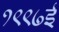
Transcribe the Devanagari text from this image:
१९९७ई